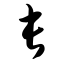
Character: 长